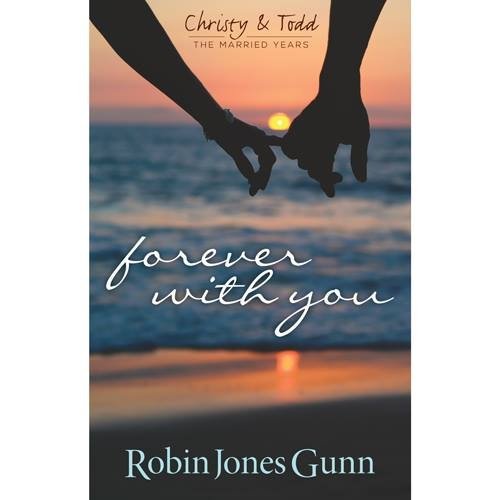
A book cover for Forever With You (Christy & Todd, the Married Years); Robin Jones Gunn; Romance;